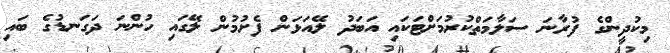
މިކުދީންގެ ފުރާނަ ސަލާމަތްކުރުމަށްޓަކައި އަބަދު ލޭއަޅަން ފެށުމުން ލޭގައި ހުންނަ ދަގަނޑުގެ ބައި